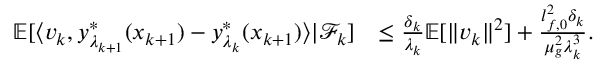
\begin{array} { r l } { \mathbb { E } [ \langle v _ { k } , y _ { \lambda _ { k + 1 } } ^ { * } ( x _ { k + 1 } ) - y _ { \lambda _ { k } } ^ { * } ( x _ { k + 1 } ) \rangle | \mathcal { F } _ { k } ] } & { \le \frac { \delta _ { k } } { \lambda _ { k } } \mathbb { E } [ \| v _ { k } \| ^ { 2 } ] + \frac { l _ { f , 0 } ^ { 2 } \delta _ { k } } { \mu _ { g } ^ { 2 } \lambda _ { k } ^ { 3 } } . } \end{array}